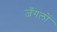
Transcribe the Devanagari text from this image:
जँगलों